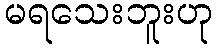
မရသေးဘူးဟု